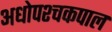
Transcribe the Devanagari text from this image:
अधोपश्चकपाल